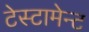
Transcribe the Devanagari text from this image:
टेस्टामेन्ट